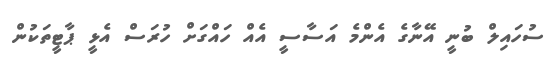
ސުހައިލް ބުނީ އޭނާގެ އެންމެ އަސާސީ އެއް ހައްގަށް ހުރަސް އެޅީ ޕާޓީތަކުން